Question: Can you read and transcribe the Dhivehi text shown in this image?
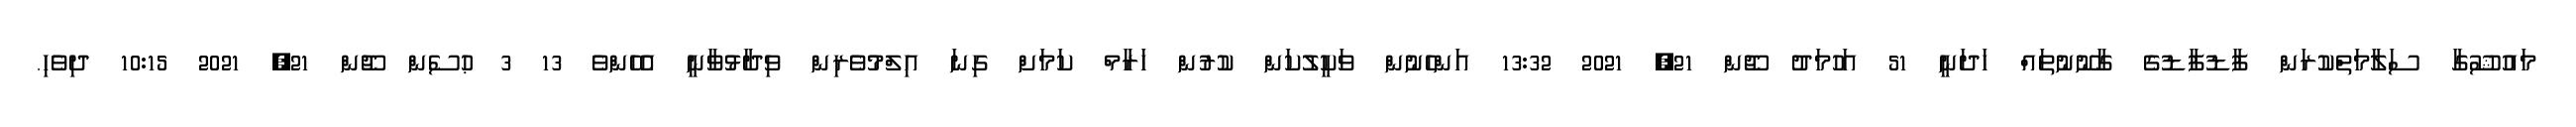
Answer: މައުޝޫގާ ސަލާމަތްކުރަން ފާޑުފާޑުގެ ގާނޫނުތައް ހަދަނީ 51 އަހުމަދު ޖޫން 21, 2021 13:32 އަންހެނުން ވަކީލުކަން ކުރުން ހަރާމް ކަމަށް ގިނަ އިލްމުވެރިން ވިދާޅުވާނީ އެހެންވެ 13 3 ޙުސެން ޖޫން 21, 2021 10:15 ދިވެހި.